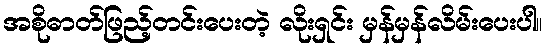
အစိုဓာတ်ဖြည့်တင်းပေးတဲ့ လိုးရှင်း မှန်မှန်လိမ်းပေးပါ။